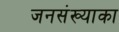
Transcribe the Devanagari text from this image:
जनसंख्याका